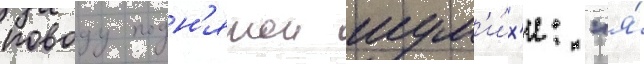
поводу подн'ятои шум'и́х'и: "я́